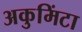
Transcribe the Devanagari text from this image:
अकुमिंटा